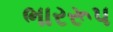
ભારરૂપ